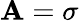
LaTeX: \mathbf{A}=\sigma